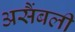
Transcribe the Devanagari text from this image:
असैंबली